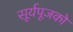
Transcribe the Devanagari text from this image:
सूर्यपूजको